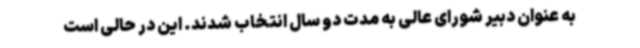
به عنوان دبیر شورای عالی به مدت دو سال انتخاب شدند. این در حالی است